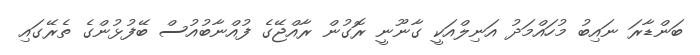
ބަންޑާރަ ނައިބު މުހައްމަދު އަނިލްއަކީ ގާނޫނީ ރޮގުން ރާއްޖޭގެ ފުއްނާބުއުސް ބޭފުޅުންގެ ތެރޭގައި